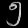
Digit: ၅